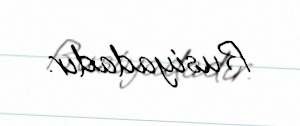
Rusiyadadır.